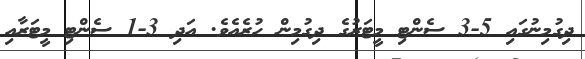
ދިގުމިނުގައި 5-3 ސެންޓި މީޓަރުގެ ދިގުމިން ހުރެއެވެ. އަދި 3-1 ސެންޓި މީޓަރާއި